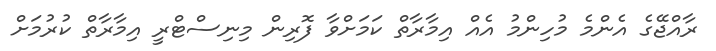
ރާއްޖޭގެ އެންމެ މުހިންމު އެއް އިމާރާތް ކަމަށްވާ ފޮރިން މިނިސްޓްރީ އިމާރާތް ކުރުމަށް